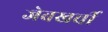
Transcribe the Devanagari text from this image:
जेबखर्ची